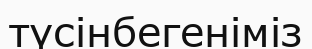
түсінбегеніміз